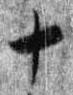
十